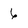
Character: 6